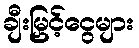
ချီးမြှင့်ငွေများ